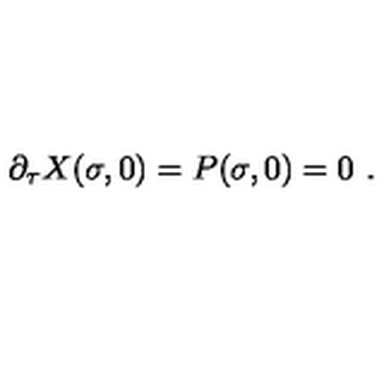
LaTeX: \partial _ { \tau } X ( \sigma , 0 ) = P ( \sigma , 0 ) = 0 \ .